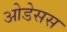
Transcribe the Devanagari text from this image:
ओडेसस